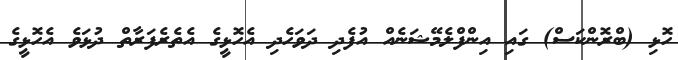
ހޮޅި (ބްރޮންކަސް) ގައި އިންފްލެމޭޝަނެއް އުފެދި ދަވަހެދި އެހޮޅީގެ އެތެރެފަރާތް ދުޅަވެ އެހޮޅީގެ